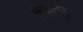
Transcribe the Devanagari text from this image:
ज़रूरि